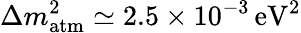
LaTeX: \Delta m_{\mathrm{atm}}^{2}\simeq 2.5\times 10^{-3}\, {\mathrm{eV}}^{2}